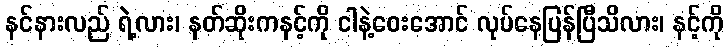
နင်နားလည် ရဲ့လား၊ နတ်ဆိုးကနင့်ကို ငါနဲ့ဝေးအောင် လုပ်နေပြန်ပြီသိလား၊ နင့်ကို